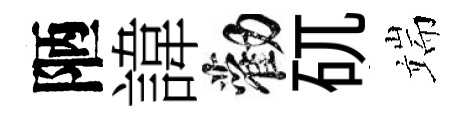
陋諱勸矹端